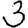
Digit: 3